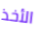
الأخذ